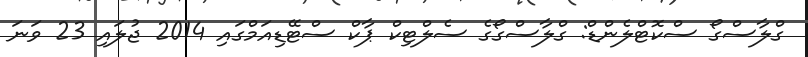
ގްލާސްގޯ ސްކޮޓްލެންޑް: ގްލާސްގޯގެ ސެލްޓިކް ޕާކް ސްޓޭޑިއަމްގައި 2014 ޖުލައި 23 ވަނަ